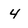
Character: 4